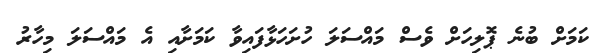
ކަމަށް ބުނެ ޕޮލިހަށް ވެސް މައްސަލަ ހުށަހަޅާފައިވާ ކަމަށާއި އެ މައްސަލަ މިހާރު